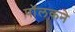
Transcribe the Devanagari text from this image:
पॉलकने